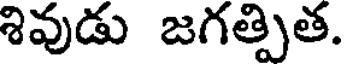
శివుడు జగత్పిత.